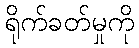
ရိုက်ခတ်မှုကို